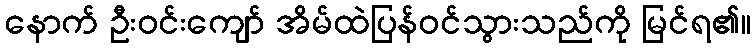
နောက် ဦးဝင်းကျော် အိမ်ထဲပြန်ဝင်သွားသည်ကို မြင်ရ၏။